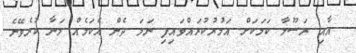
އާއި ރަސޫލާ ކަމަކަށް އަމުރުކުރައްވައިފި ނަމަ ދެން އެކަމެއް މަނާ ކުރެވޭނެ